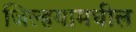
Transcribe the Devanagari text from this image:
जिल्हयामधील